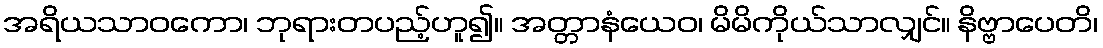
အရိယသာဝကော၊ ဘုရားတပည့်ဟူ၍။ အတ္တာနံယေဝ၊ မိမိကိုယ်သာလျှင်။ နိဗ္ဗာပေတိ၊